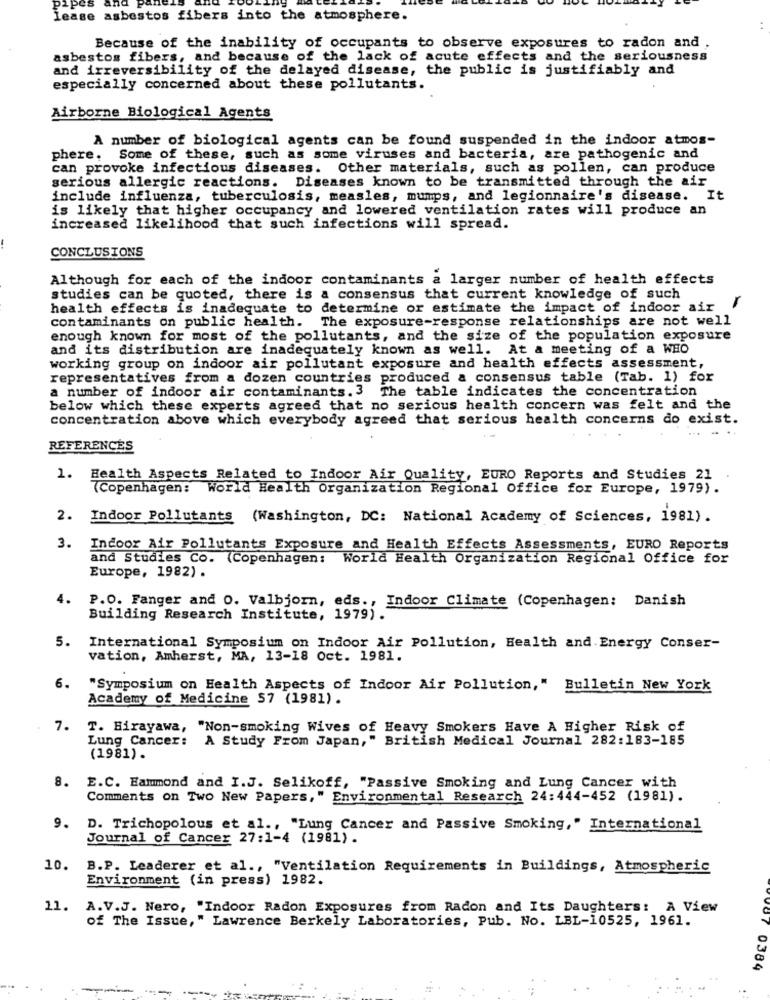
ease
asbestos fibers into the atmosphere.
Because of the inability of occupants to observe exposures to radon and .
asbestos fibers, and because of the lack of acute effects and the seriousness
and irreversibility of the delayed disease, the public is justifiably and
especially concerned about these pollutants.
Airborne Biological Agents
A number of biological agents can be found suspended in the indoor atmos-
phere. Some of these, such as some viruses and bacteria, are pathogenic and
can provoke infectious diseases. Other materials, such as pollen, can produce
serious allergic reactions. Diseases known to be transmitted through the air
include influenza, tuberculosis, measles, mumps, and legionnaire's disease. It
is likely that higher occupancy and lowered ventilation rates will produce an
increased likelihood that such infections will spread.
CONCLUSIONS
Although for each of the indoor contaminants a larger number of health effects
studies can be quoted, there is a consensus that current knowledge of such
health effects is inadequate to determine or estimate the impact of indoor air
contaminants on public health. The exposure-response relationships are not well
enough known for most of the pollutants, and the size of the population exposure
and its distribution are inadequately known as well. At a meeting of a WHO
working group on indoor air pollutant exposure and health effects assessment,
representatives from a dozen countries produced a consensus table (Tab. 1) for
a number of indoor air contaminants. 3 The table indicates the concentration
below which these experts agreed that no serious health concern was felt and the
concentration above which everybody agreed that serious health concerns do exist.
REFERENCES
1.
Health Aspects Related to Indoor Air Quality, EURO Reports and Studies 21
(Copenhagen: World Health Organization Regional Office for Europe, 1979).
2.
Indoor Pollutants (Washington, DC: National Academy of Sciences, 1981).
3.
Indoor Air Pollutants Exposure and Health Effects Assessments, EURO Reports
and Studies Co. (Copenhagen: World Health Organization Regional Office for
Europe, 1982) .
4.
P.O. Fanger and 0. Valbjorn, eds ., Indoor Climate (Copenhagen: Danish
Building Research Institute, 1979).
5.
International Symposium on Indoor Air Pollution, Health and Energy Conser-
vation, Amherst, MA, 13-18 Oct. 1981.
6.
"Symposium on Health Aspects of Indoor Air Pollution," Bulletin New York
Academy of Medicine 57 (1981) .
7. T. Hirayawa, "Non-smoking Wives of Heavy Smokers Have A Higher Risk of
A Study From Japan," British Medical Journal 282:183-185
Lung Cancer:
(1981) .
8.
E.C. Hammond and I.J. Selikoff, "Passive Smoking and Lung Cancer with
Comments on Two New Papers," Environmental Research 24:444-452 (1981).
9. D. Trichopolous et al ., "Lung Cancer and Passive Smoking," International
Journal of Cancer 27:1-4 (1981).
10.
B.P. Leaderer et al ., "Ventilation Requirements in Buildings, Atmospheric
Environment (in press) 1982.
11.
A.V.J. Nero, "Indoor Radon Exposures from Radon and Its Daughters: A View
of The Issue," Lawrence Berkely Laboratories, Pub. No. LBL-10525, 1961.
VU7 0384